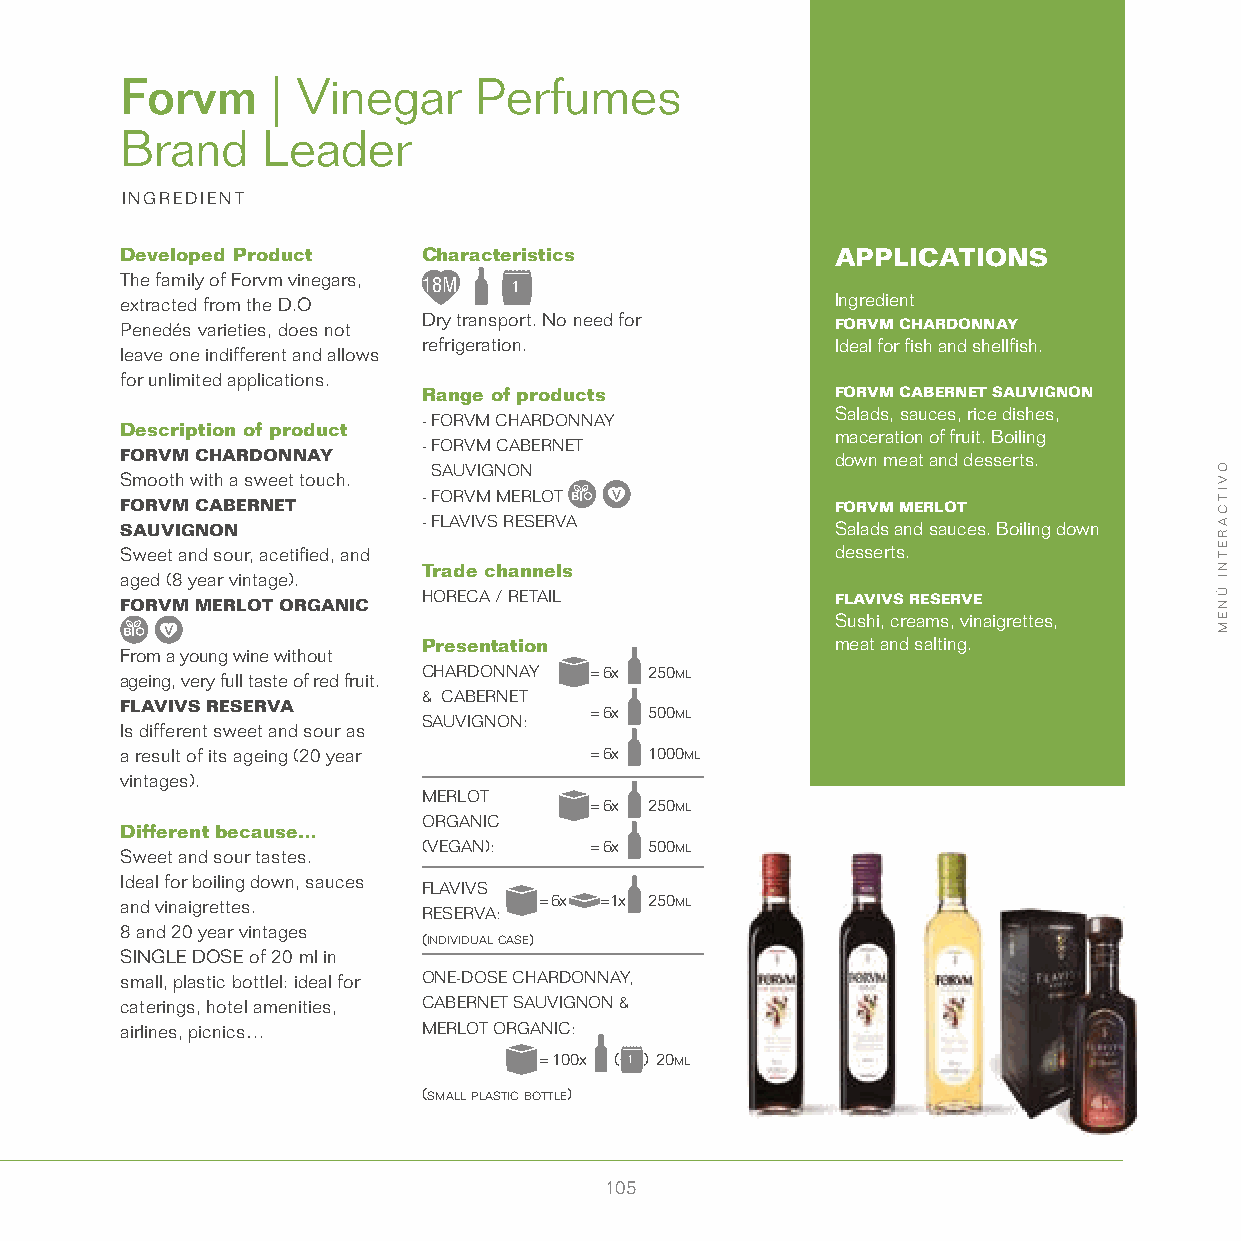
Forvm     | Vinegar    Perfumes
 Brand    Leader
 INGREDIENT
 Developed Product   Characteristics            APPLICATIONS
 The family of Forvm vinegars, 18M 1
 extracted from the D.O                         Ingredient
 Penedés varieties, does not Dry transport. No need for FORVM CHARDONNAY
 refrigeration.             Ideal for fish and shellfish.
 leave one indifferent and allows
 for unlimited applications.
 Range of products          FORVM CABERNET SAUVIGN ON
 Salads, sauces, rice dishes,
 - FORVM CHARDONNAY
 Description of product
 maceration of fruit. Boiling
 - FORVM CABERNET
 FORVM CHARDONNAY                               down meat and desserts.
 SAUVIGNON
 Smooth with a sweet touch.
 FORVM CABERNET
 - FORVM MERLOT
 FORVM MERLOT
 - FLAVIVS RESERVA
 SAUVIGNON                                      Salads and sauces. Boiling down
 Sweet and sour, acetified, and                 desserts.
 Trade channels
 aged (8 year vintage).
 FORVM MERLOT OR GANIC HORECA / RETAIL          FLAVIVS RESERVE
 Sushi, creams, vinaigrettes,
 Presentation               meat and salting.
 From a young wine without
 ageing, very full taste of red fruit.
 CHARDONNAY = 6x 250ml
 & CABERNET
 FLAVIVS RESERVA
 SAUVIGNON:
 = 6x 500ml
 Is different sweet and sour as
 a result of its ageing (20 year = 6x 1000ml
 vintages).
 MERLOT
 = 6x 250ml
 ORGANIC
 Different because…
 Sweet and sour tastes.
 (VEGAN):   = 6x 500ml
 Ideal for boiling down, sauces
 FLAVIVS
 and vinaigrettes.           = 6x = 1x 250ml
 RESERVA:
 8 and 20 year vintages
 (individual case)
 SINGLE DOSE of 20 ml in
 small, plastic bottlel: ideal for ONE-DOSE CHARDONNAY,
 caterings, hotel amenities, CABERNET SAUVIGNON &
 airlines, picnics…  MERLOT ORGANIC:
 = 100x ( 1 ) 20ml
 (small plastic bottle)
 105
 OVITCARETNI
 ÚNEM